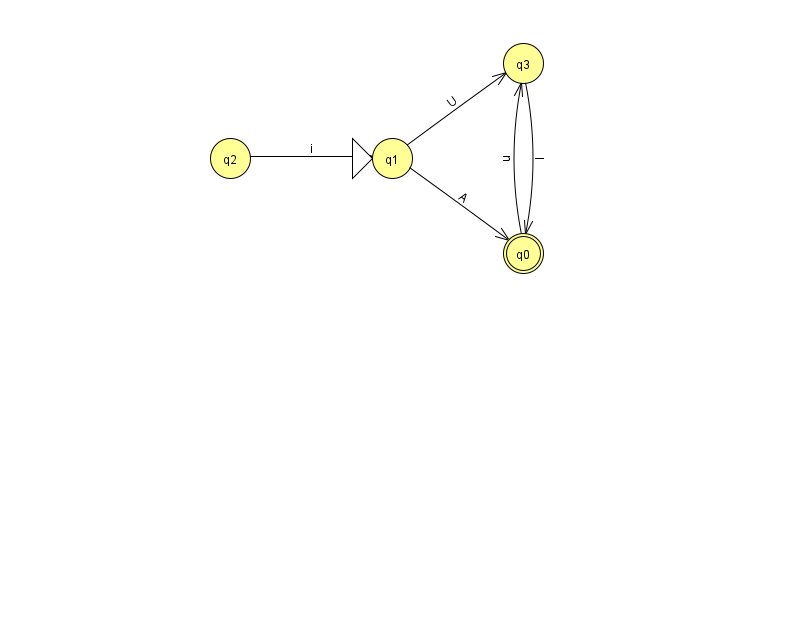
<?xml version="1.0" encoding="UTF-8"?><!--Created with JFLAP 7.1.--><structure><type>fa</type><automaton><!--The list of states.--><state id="0" name="q0"><x>523.0</x><y>240.0</y><final/></state><state id="1" name="q1"><x>392.0</x><y>145.0</y><initial/></state><state id="2" name="q2"><x>230.0</x><y>145.0</y></state><state id="3" name="q3"><x>523.0</x><y>50.0</y></state><!--The list of transitions.--><transition><from>0</from><to>3</to><read>u</read></transition><transition><from>2</from><to>1</to><read>i</read></transition><transition><from>1</from><to>3</to><read>U</read></transition><transition><from>3</from><to>0</to><read>I</read></transition><transition><from>1</from><to>0</to><read>A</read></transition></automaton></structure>